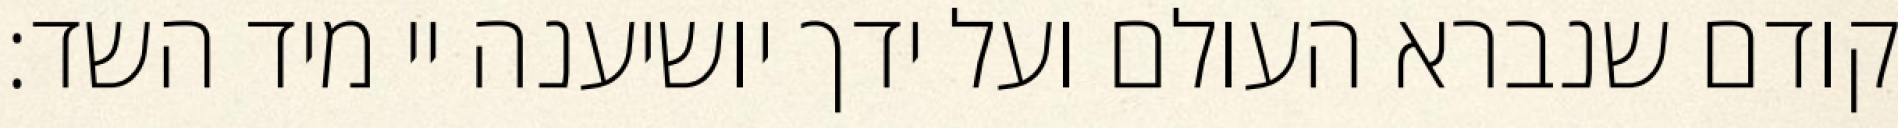
קודם שנברא העולם ועל ידך יושיענה יי מיד השד: